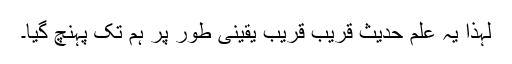
لہذا یہ علمِ حدیث قریب قریب یقینی طور پر ہم تک پہنچ گیا۔